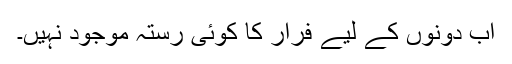
اب دونوں کے لیے فرار کا کوئی رستہ موجود نہیں۔